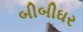
બીબીઘર